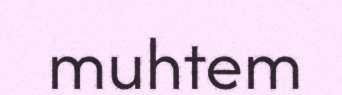
muhtem